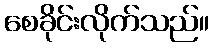
စေခိုင်းလိုက်သည်။